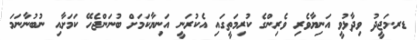
ޑރ.މަޖީދު ވިދާޅުވީ އަނިޔާވެރި ވެރިންގެ ކުރިމަތީގައި އެކުރަނީ އަނިޔާކަމަށް ބުނަންޖެހޭ ކަމަށާއި ނުބުނާނަމަ